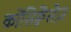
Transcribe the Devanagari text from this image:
कोंसिक्वेंसेज़